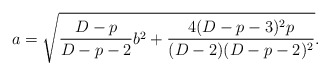
\begin{align*}a=\sqrt{{{D-p}\over{D-p-2}}b^2+{{4(D-p-3)^2p}\over{(D-2)(D-p-2)^2}}}.\end{align*}